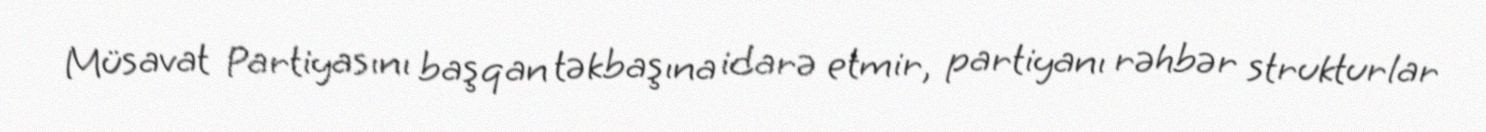
Müsavat Partiyasını başqan təkbaşına idarə etmir, partiyanı rəhbər strukturlar